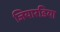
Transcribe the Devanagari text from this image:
जियारडिया